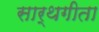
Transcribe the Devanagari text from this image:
सार्थगीता